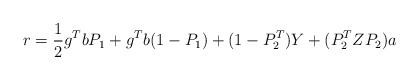
\begin{align*}r={1\over2} g\sp{T} b P_1+g\sp{T} b(1-P_1) +(1-P_2\sp{T})Y+ (P_2\sp{T}ZP_2)a\end{align*}